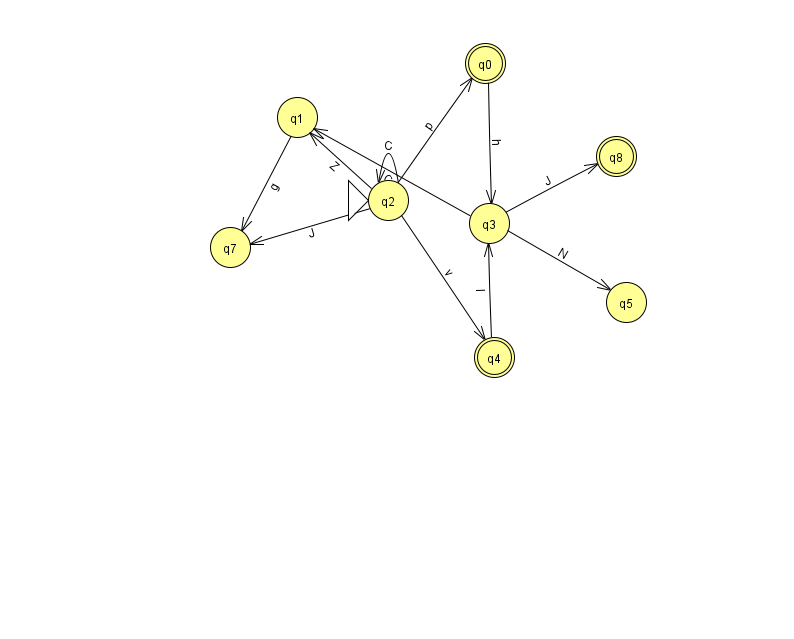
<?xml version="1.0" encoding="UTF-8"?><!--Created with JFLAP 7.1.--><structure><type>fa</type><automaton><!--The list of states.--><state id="0" name="q0"><x>485.0</x><y>50.0</y><final/></state><state id="1" name="q1"><x>297.0</x><y>104.0</y></state><state id="2" name="q2"><x>388.0</x><y>187.0</y><initial/></state><state id="3" name="q3"><x>489.0</x><y>210.0</y></state><state id="4" name="q4"><x>494.0</x><y>344.0</y><final/></state><state id="5" name="q5"><x>626.0</x><y>289.0</y></state><state id="7" name="q7"><x>230.0</x><y>234.0</y></state><state id="8" name="q8"><x>616.0</x><y>143.0</y><final/></state><!--The list of transitions.--><transition><from>2</from><to>1</to><read>Z</read></transition><transition><from>2</from><to>7</to><read>J</read></transition><transition><from>2</from><to>2</to><read>C</read></transition><transition><from>3</from><to>1</to><read>C</read></transition><transition><from>1</from><to>7</to><read>g</read></transition><transition><from>3</from><to>5</to><read>N</read></transition><transition><from>3</from><to>8</to><read>J</read></transition><transition><from>2</from><to>0</to><read>p</read></transition><transition><from>2</from><to>4</to><read>v</read></transition><transition><from>0</from><to>3</to><read>h</read></transition><transition><from>4</from><to>3</to><read>I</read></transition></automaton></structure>